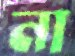
না